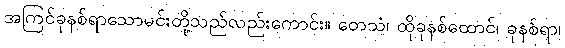
အကြင်ခုနစ်ရာသောမင်းတို့သည်လည်းကောင်း။ တေသံ၊ ထိုခုနစ်ထောင်၊ ခုနစ်ရာ၊